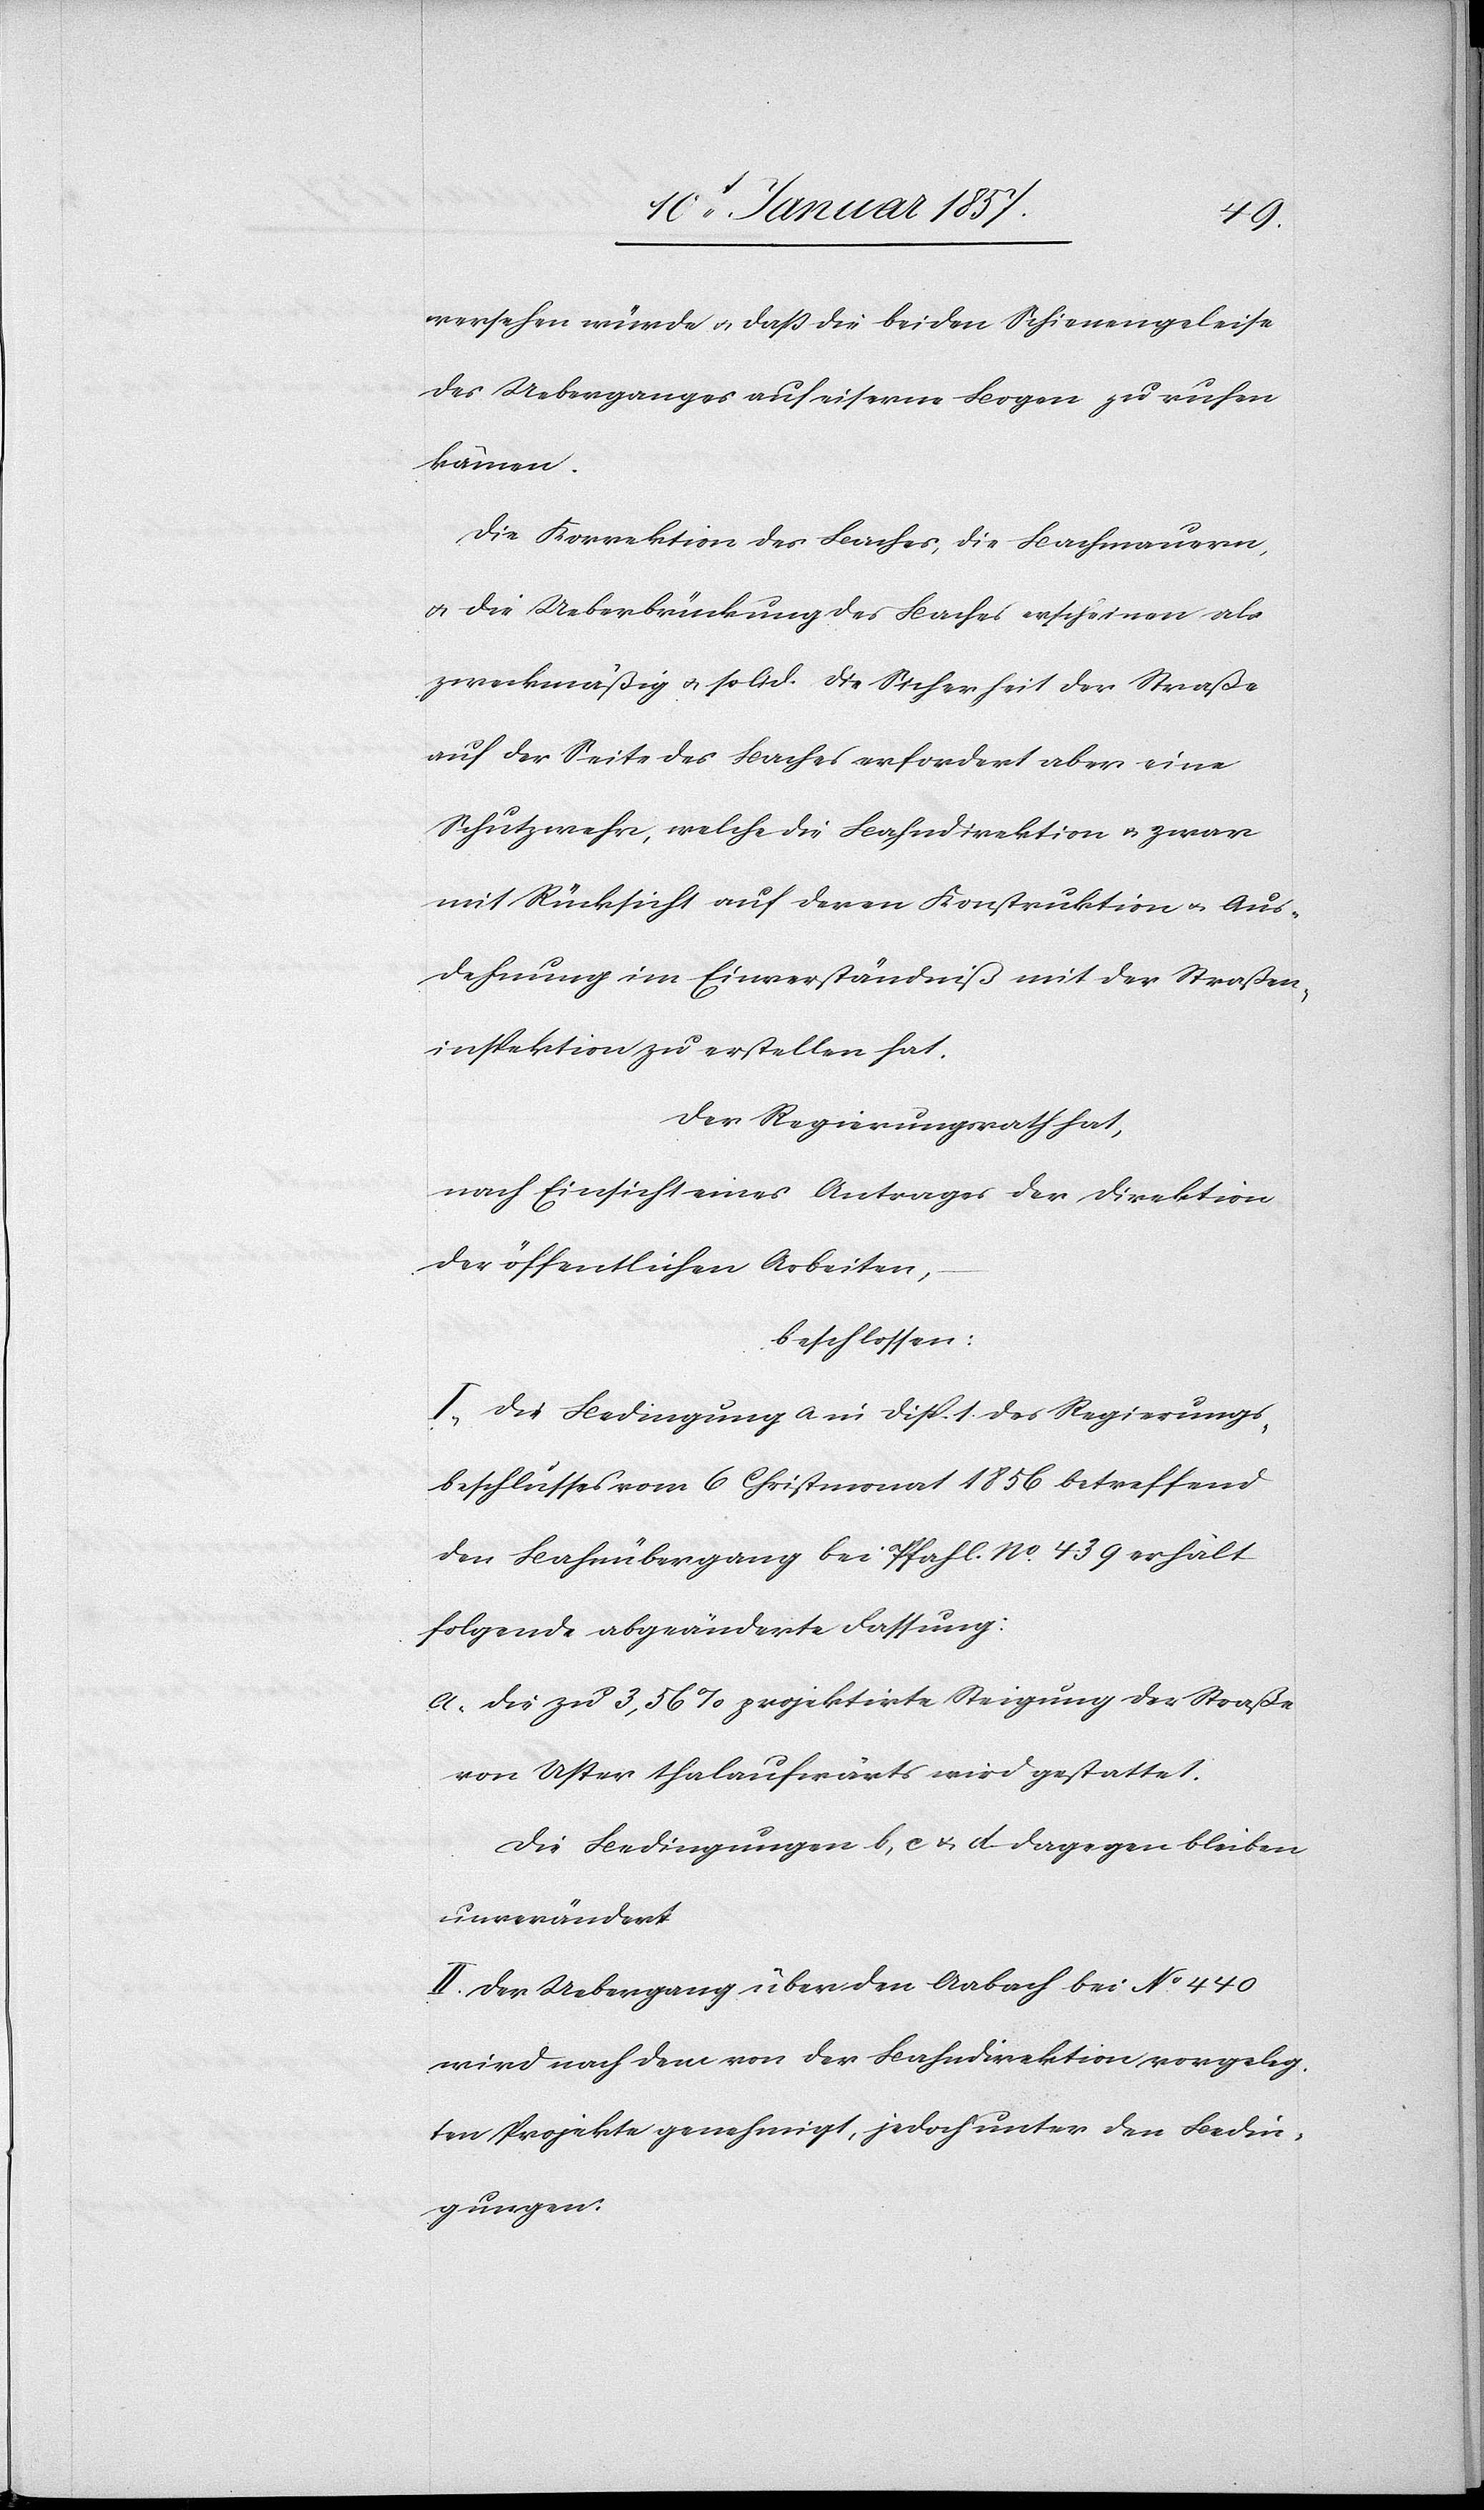
versehen würde u. daß die beiden Schienengleise
des Ueberganges auf eiserne Bogen zu ruhen
kämen.
Die Korrektion des Baches, die Bachmauern,
& die Ueberbrückung des Baches erscheinen als
zweckmäßig u. solid. Die Sicherheit der Straße
auf der Seite des Baches erfordert aber eine
Schutzwehr, welche die Bahndirektion u. zwar
mit Rücksicht auf deren Konstruktion u. Aus¬
dehnung im Einverständniß mit der Straßen¬
inspektion zu erstellen hat.
Der Regierungsrath hat,
nach Einsicht eines Antrages der Direktion
der öffentlichen Arbeit,–
beschlossen:
I. Die Bedingung a in Disp. 1. des Regierungs¬
beschlusses vom 6. Christmonat 1856 betreffend
den Bahnübergang bei Pfahl No. 439 erhält
folgende abgeänderte Fassung:
a. Die zu 3,56 % projektirte Steigung der Straße
von Uster thalaufwärts wird gestattet.
Die Bedingungen b, c & d dagegen bleiben
unverändert.
II. Der Uebergang über den Aabach bei No 440
wird nach dem von der Bahndirektion vorgeleg¬
ten Projekte genehmigt, jedoch unter den Bedin¬
gungen: